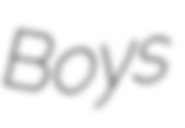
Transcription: Boys